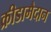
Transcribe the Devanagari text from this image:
क्रीडामैदान